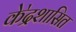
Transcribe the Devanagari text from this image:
के॓द्रशासित